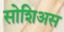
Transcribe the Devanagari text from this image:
सोशिअस